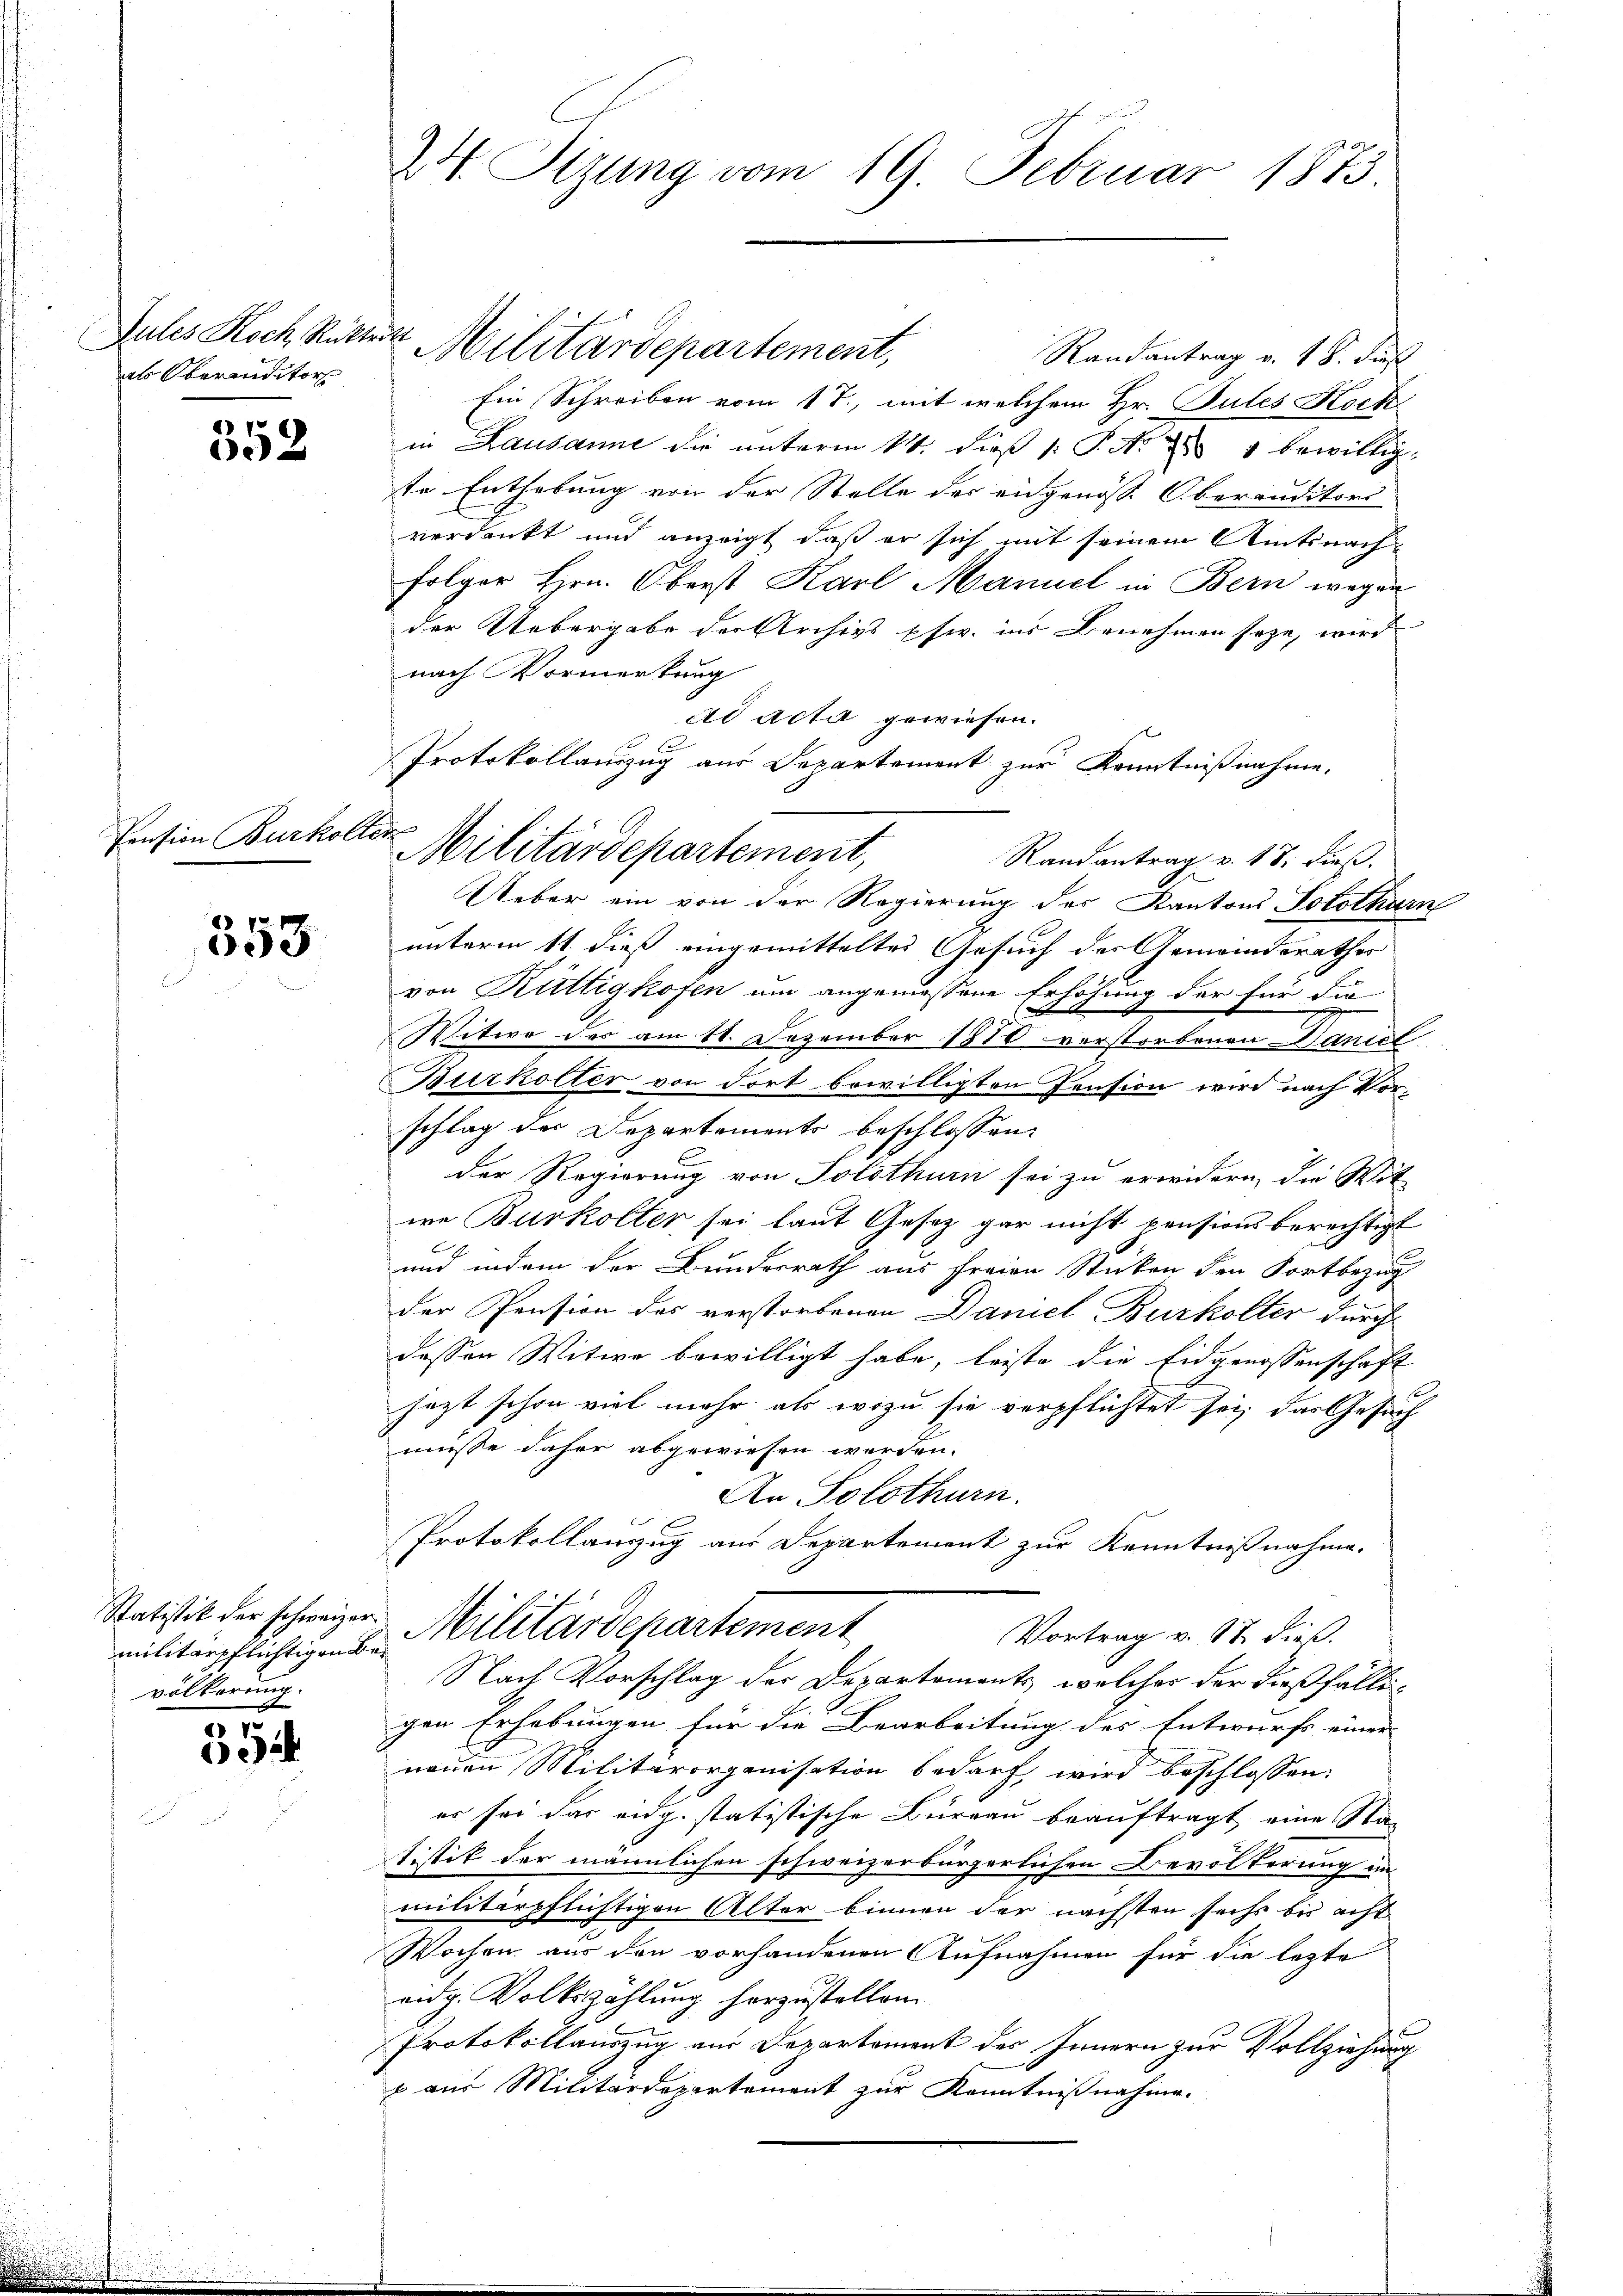
als Oberauditor

16)
e

Pension Burkollen

353

militärpflichtigen Bevölkerung

r
ei

24. Sitzung vom 19. Februar 1873

Randantrag v. 18. dies
Ein Schreiben vom 17., mit welchem Hr. Putes Koche
in Lausanne die unterm 14. dieß 1 S. Nr. 1881 bewillig
te Enthebung von der Stelle des eingenoss. Oberanditors
verdankt und anzeigt, daß er sich mit seinem Amtsnachfolger Hrn. Oberst Karl Manuel in Bern wegen
der Uebergabe der Archivs pfw. ins Benehmen seye, wird
nach Vormerkung
ad acta gewiesen.
.
Randantrag v. 18. dieß.
Ueber ein von der Regierung des Kantons Solothurn
unterm 11. dieß eingemitteltes Gesuch der Gemeinderather
von Rüttigkofen um angemessene Erhöhung der für die
Witwe des am 11. Dezember 1870 verstorbenen Daniel
Burkolter von dort bewilligten Pension wird nach Vorschlag der Departements beschlossen:
der Regierung von Solothurn sei zu erwidern, die Wit
we Burkolter sei laut Gesez gar nicht pensionsberechtigt
und indem der Bundesrath aus freien Sticken den Fortbezug
der Pension des verstorbenen Daniel Burkolter durch
dessen Witwe bewilligt habe, leiste die Eidgenossenschaft
jezt schon viel mehr als wozu sie verpflichtet sei, das Gesuch
müsse daher abgewiesen werden.
An Solothurn.
Protokollanzug aus Departement zur Kenntnißnahme.
Statistik der schweizer Militärdepartement
Vortrag v. St. dieß.
Nach Vorschlag der Departements, welcher der dießfälligen Erhebungen für die Bearbeitung des Entwurfs einer
neuen Militärorganisation bedarf wird beschlossen:
es sei das eidg. statistische Büreau beauftragt eine Sta-
tistik der männlichen schweizerbürgerlichen Bevölkerung in
militärpflichtigen Alter binnen der nächsten sechs bis acht
Wochen aus den vorhandenen Aufnahmen für die lezte
eidg. Volkszählung herzustellen.
Protokollauszug aus Departement des Innern zur Vollziehung
x aus Militärdepartement zur Kenntnißnahme.

Jules Koch Rütter Militärdepartement,

Protokollauszug aus Departement zur Kenntnißnahme.
Militärdepartement,